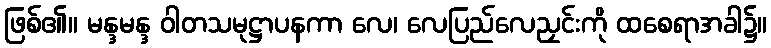
ဖြစ်၏။ မန္ဒမန္ဒ ဝါတသမုဋ္ဌာပနကာ လေ၊ လေပြည်လေညှင်းကို ထစေရာအခါ၌။